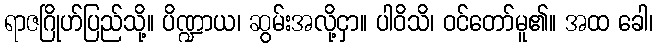
ရာဇဂြိုဟ်ပြည်သို့။ ပိဏ္ဍာယ၊ ဆွမ်းအလို့ငှာ။ ပါဝိသိ၊ ဝင်တော်မူ၏။ အထ ခေါ၊